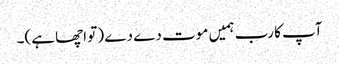
آپ کا رب ہمیں موت دے دے (تو اچھا ہے)۔